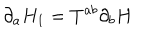
\partial _ { a } H _ { 1 } = T ^ { a b } \partial _ { b } H